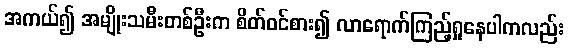
အကယ်၍ အမျိုးသမီးတစ်ဦးက စိတ်ဝင်စား၍ လာရောက်ကြည့်ရှုနေပါကလည်း